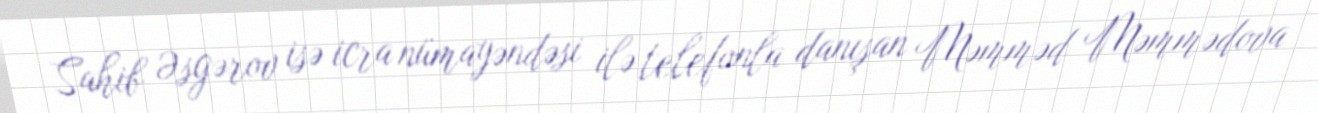
Sahib Əsgərov isə icra nümayəndəsi ilə telefonla danışan Məmməd Məmmədova